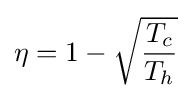
\eta =1-{\sqrt {\frac {T_{c}}{T_{h}}}}